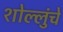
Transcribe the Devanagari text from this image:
शोल्लुंचे